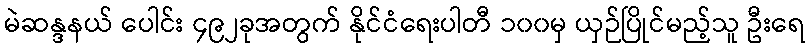
မဲဆန္ဒနယ် ပေါင်း ၄၉၂ခုအတွက် နိုင်ငံရေးပါတီ ၁၀၀မှ ယှဉ်ပြိုင်မည့်သူ ဦးရေ